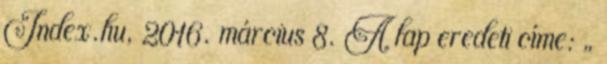
Index.hu, 2016. március 8. A lap eredeti címe: „